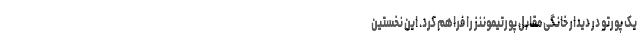
یک پورتو در دیدار خانگی مقابل پورتیموننز را فراهم کرد. این نخستین